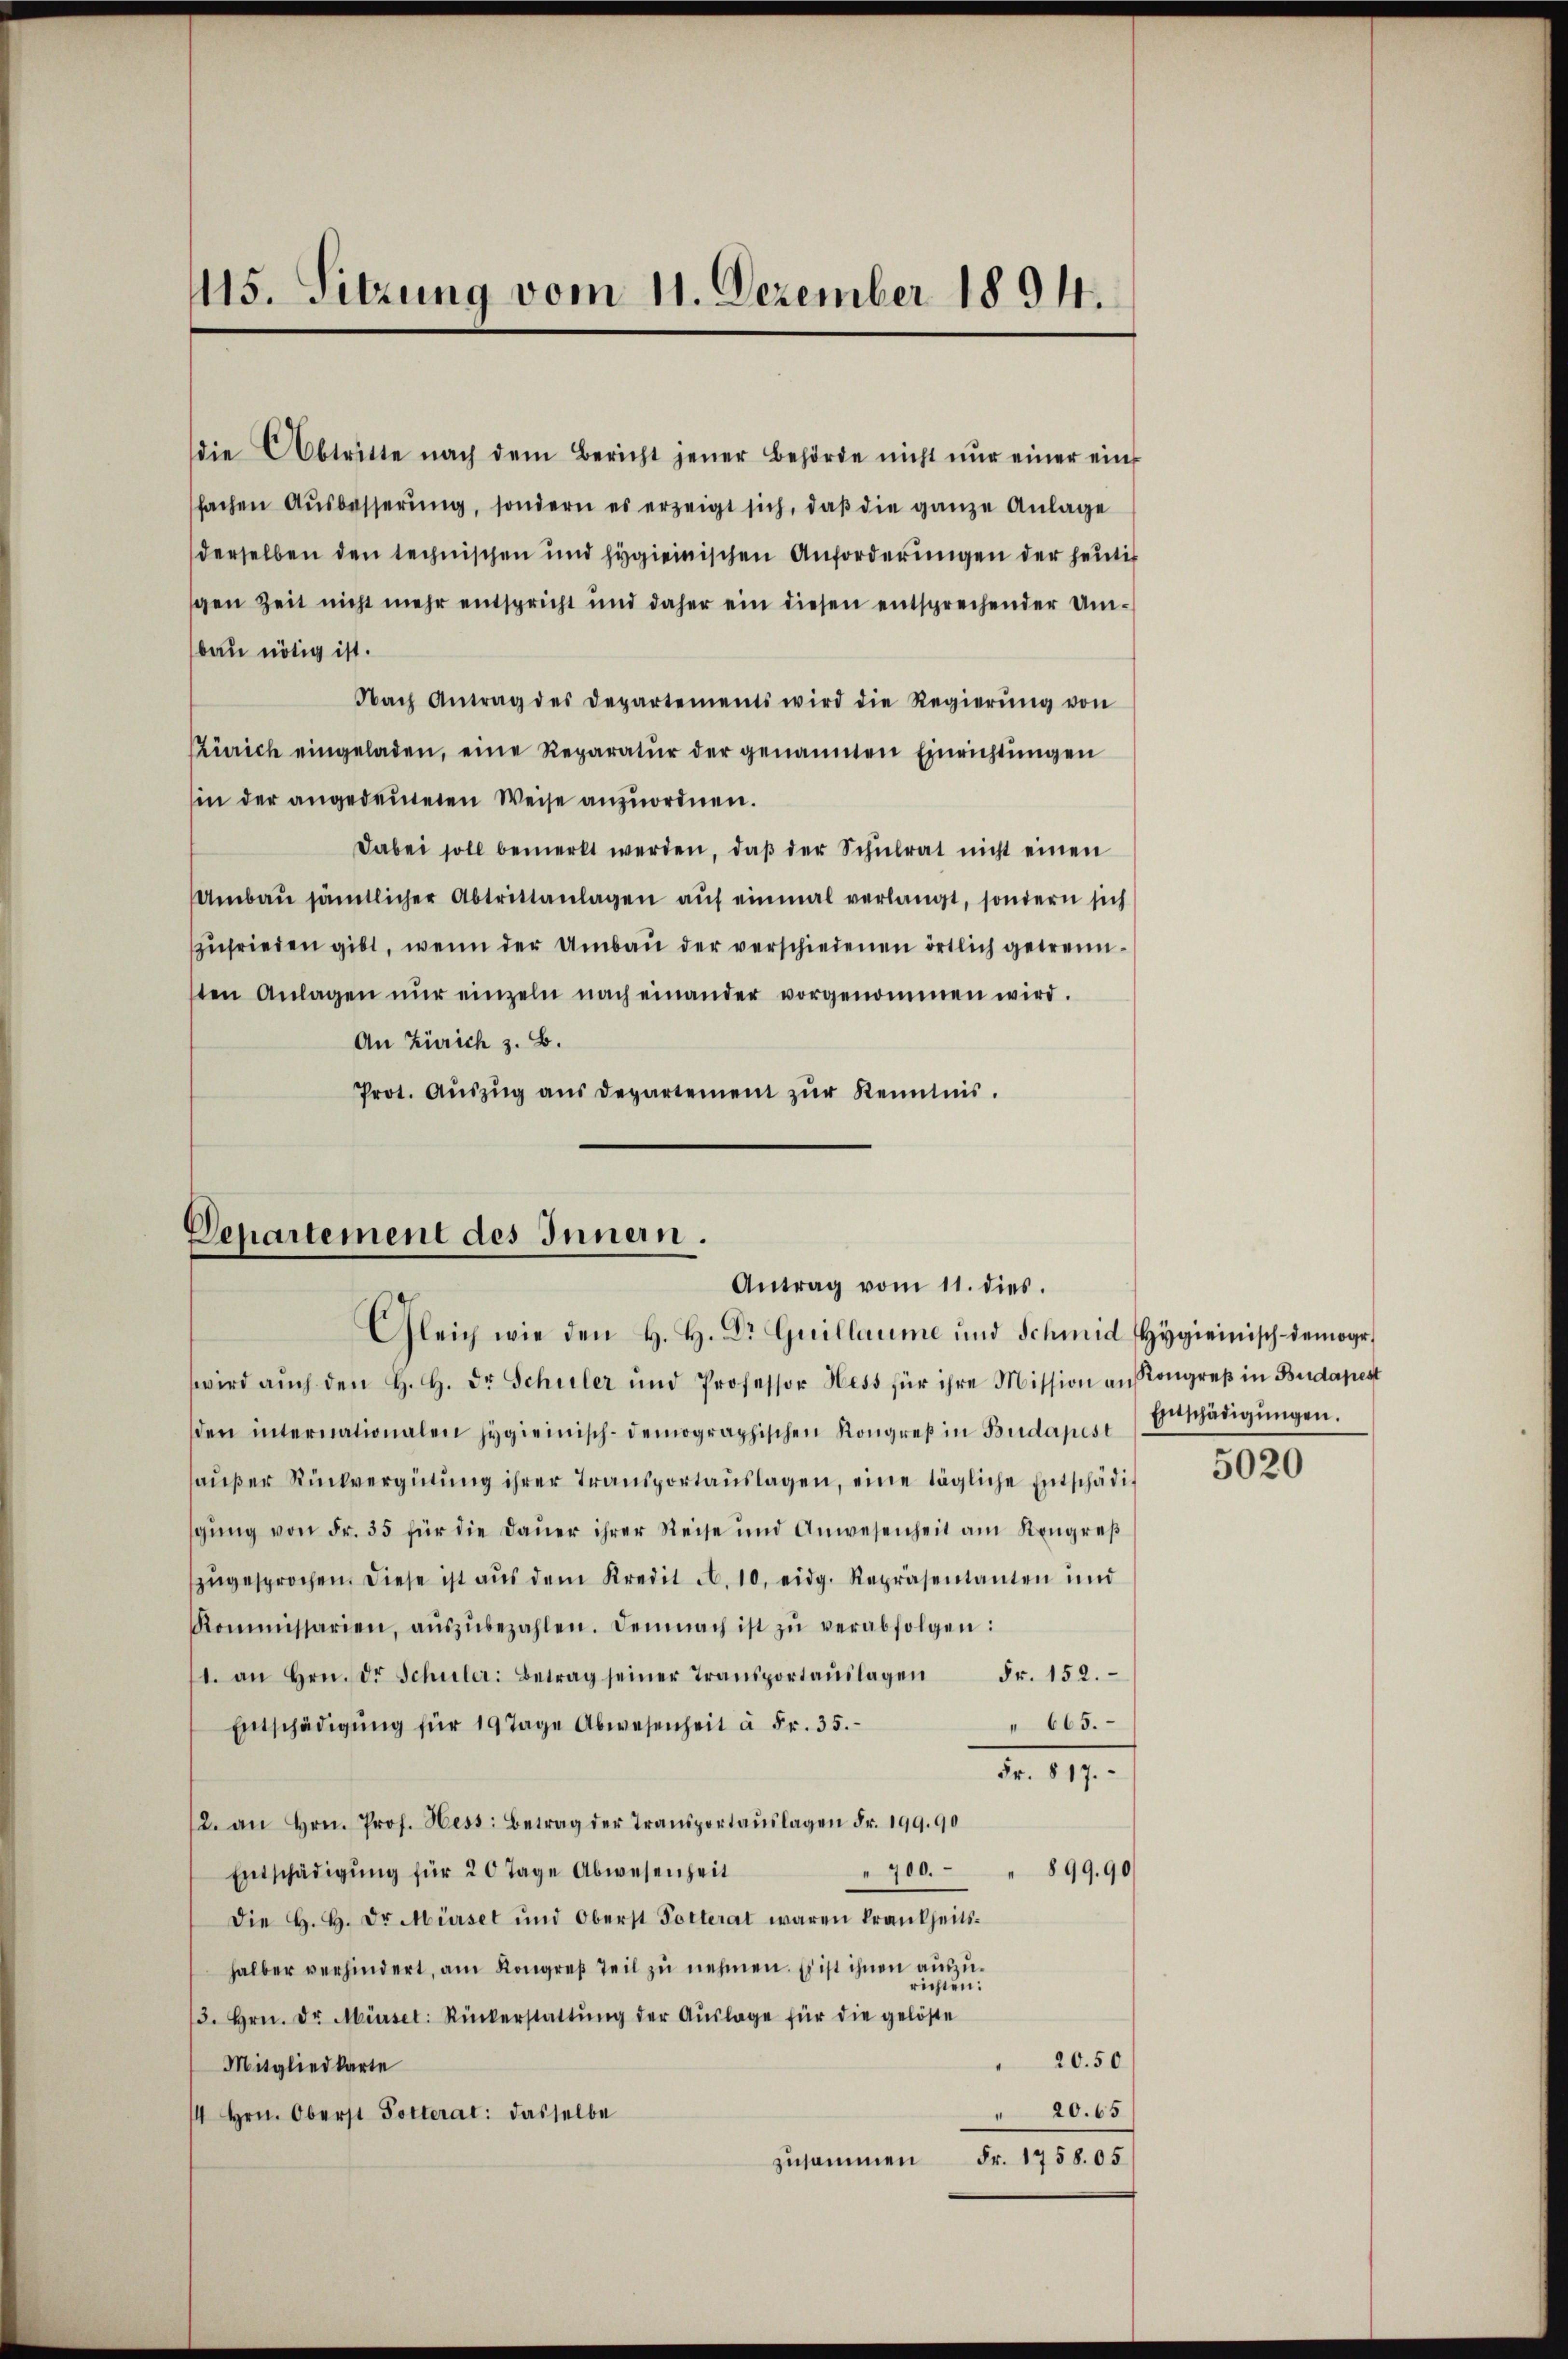
115. Sitzung vom 11. Dezember 1894.

die Abtritte nach dem Bericht jener Behörde nicht nŭr einer ein
fachen Aŭsbesserŭng, sondern es erzeigt sich, daβ die ganze Anlage
derselben den technischen und Hygienischen Anforderungen der heutig
gen Zeit nicht mehr entspricht und daher ein diesen entsprechender Umbau nötig ist.
Nach Antrag des Departements wird die Regierŭng von
Zürich eingeladen, eine Reparatur der genannten Einrichtungen
in der angedeuteten Weise anzuordnen.
Dabei soll bemerkt werden, daß der Schulrat nicht einen
Umbaŭ sämtlicher Abtrittanlagen auf einmal verlangt, sondern sich
zufrieden gibt, wenn der Umbau der verschiedenen örtlich getrennsten Anlagen nŭr einzeln nach einander vorgenommen wird.
An Zürich z. B.
Prot. Aŭszŭg aŭs Departement zŭr Kenntnis.

Departement des Innern.
Antrag vom 11. dies.

Gleich wie den H. H. Dr Guillaume und Schmid Hygienisch-demoge
wird aŭch den H. H. Dr. Schuler und Professor Hess für ihre Mission an Kongreß in Budapest
den internationalen Hygienisch-demographischen Kongreβ in Budapest Ernädigŭngen.
haußer Rückvergütung ihrer Transportauslagen, eine tägliche Entschädigŭng von Fr. 35 für die Daŭer ihrer Reise und Anwesenheit am Kongreβ
zŭgesprochen. Diese ist aus dem Kredit A. 10. eidg. Repräsentanten und
Kommissarien, aŭszŭbezahlen. Demnach ist zŭ verabfolgen:
1. an Hrn. Dr Schuler: Betrag seiner Transportaŭslagen Fr. 152.
Entschädigŭng für 19 Tage Abwesenheit à Fr. 35.
 665.
do. 117.
2. an Hrn. Prof. Hess: Betrag der Transportaŭslagen Fr. 199. 90
899. 90
700.
Entschädigung für 20 Tage Abwesenheit
Die H. H. Dr. Mürsel und Oberst Polterat waren krankheits-
halber verhindert, am Kongreß Teil zu nehmen. Es ist ihnen auszurichten:
3. Hrn. Dr. Mürsel: Rückerstattŭng der Aŭslage für die gelöste
20.50
Mitgliedkarte
" 20. 65
14 Hrn. Oberst Polterat: dasselbe
zusammen Fr. 1758. 05

5020